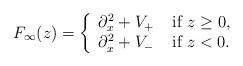
LaTeX: \begin{align*}F_\infty(z)=\left\{\begin{array}{l l}\partial_x^2+V_+ & \; \mbox{if $z\geq0$, }\\\partial_x^2+V_- & \; \mbox{if $z<0$.}\\\end{array} \right. \end{align*}